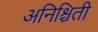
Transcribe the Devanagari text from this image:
अनिश्चिती